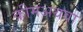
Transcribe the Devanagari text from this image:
क्रीमअथवा